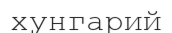
хунгарий